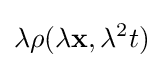
\lambda \rho (\lambda \mathbf {x} ,\lambda ^{2}t)